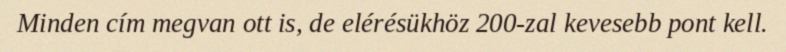
Minden cím megvan ott is, de elérésükhöz 200-zal kevesebb pont kell.